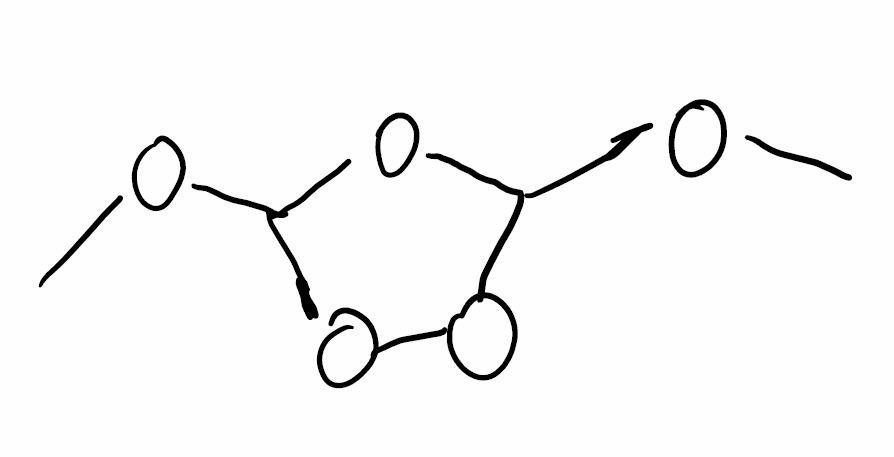
Simplified molecular-input line-entry system (SMILES) notation of the given molecule:
COC1OC(OO1)OC